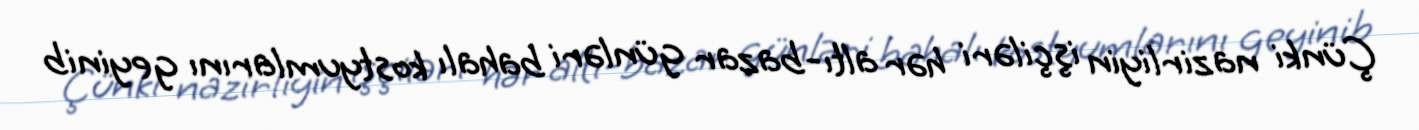
Çünki nazirliyin işçiləri hər altı-bazar günləri bahalı kostyumlarını geyinib